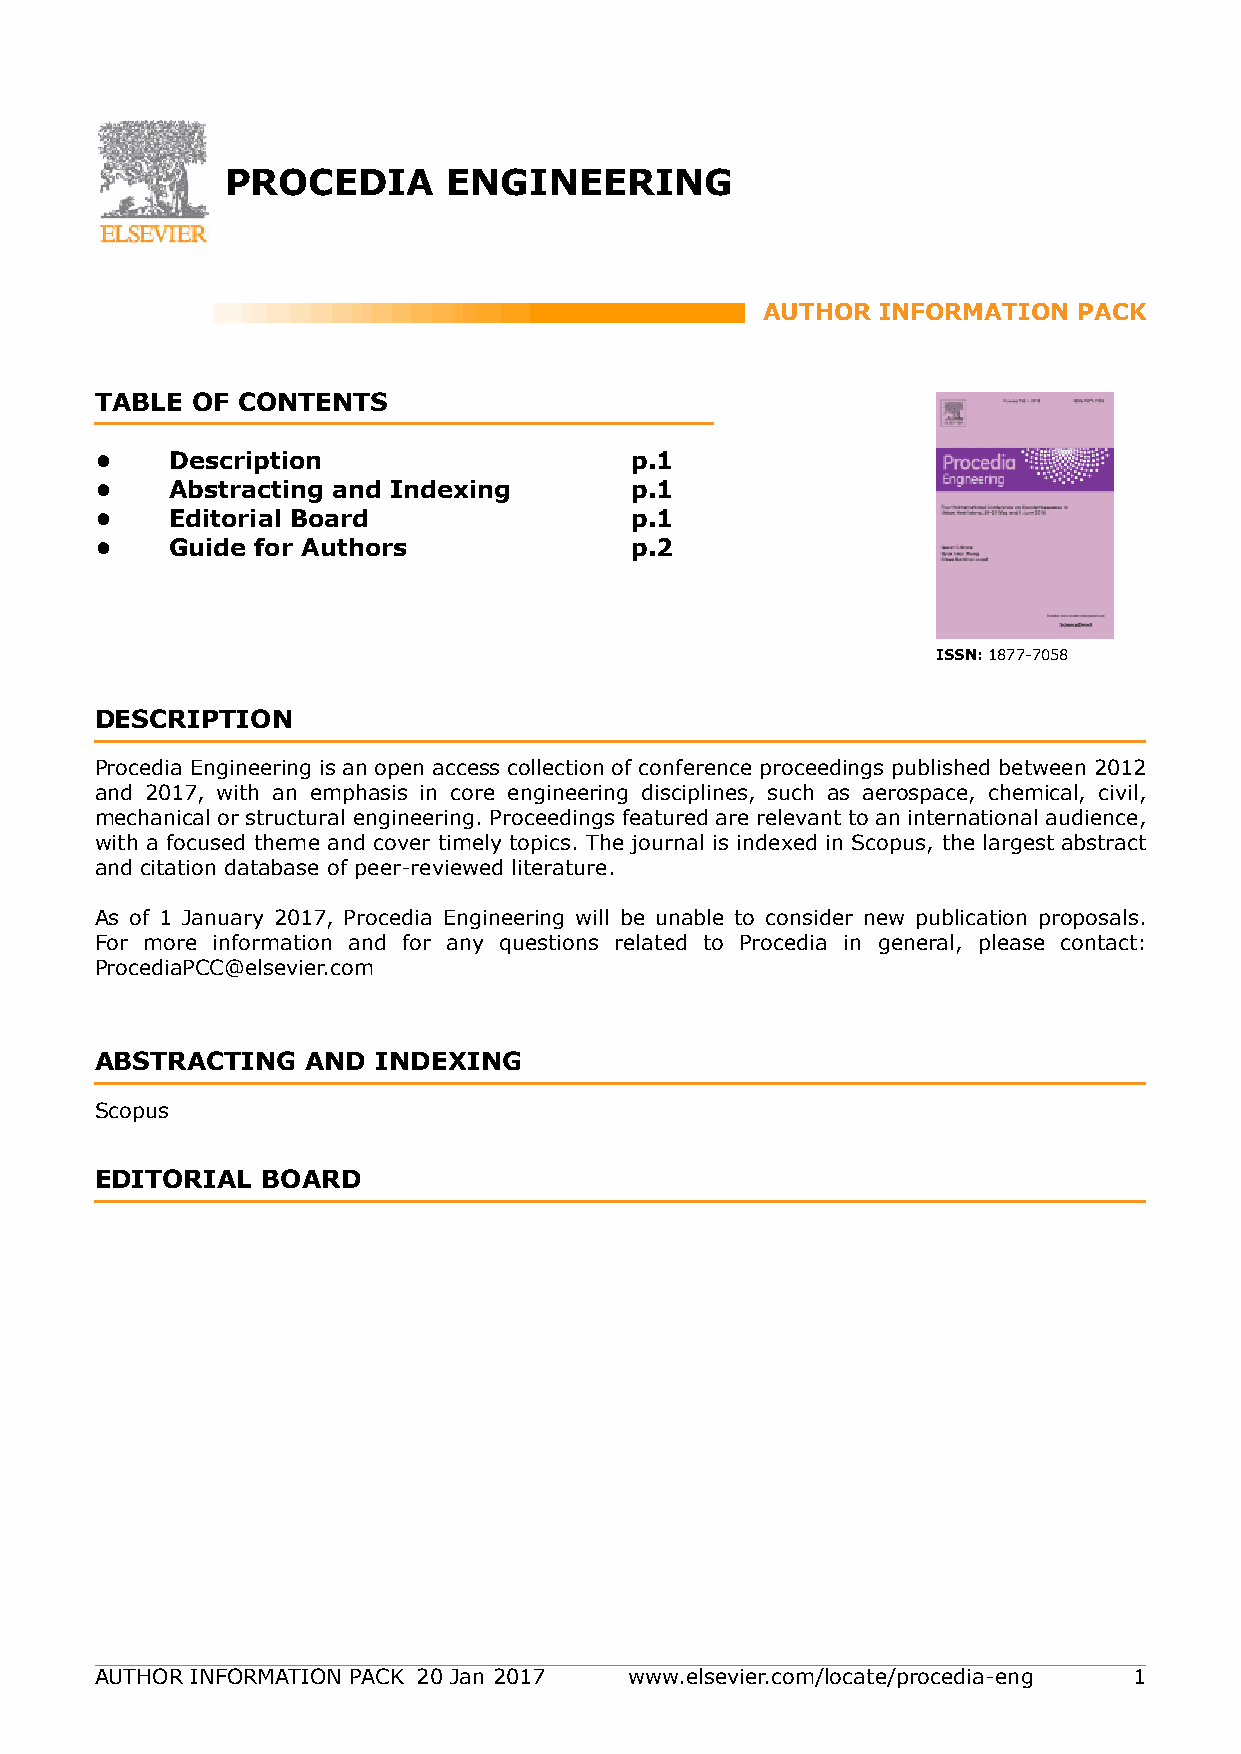
PROCEDIA       ENGINEERING
 AUTHOR  INFORMATION  PACK
 TABLE  OF CONTENTS                  XXX
 .                                   .
 •    Description                    p.1
 •    Abstracting and Indexing       p.1
 •    Editorial Board                p.1
 •    Guide for Authors              p.2
 ISSN: 1877-7058
 DESCRIPTION
 .
 Procedia Engineering is an open access collection of conference proceedings published between 2012
 and 2017, with an emphasis in core engineering disciplines, such as aerospace, chemical, civil,
 mechanical or structural engineering. Proceedings featured are relevant to an international audience,
 with a focused theme and cover timely topics. The journal is indexed in Scopus, the largest abstract
 and citation database of peer-reviewed literature.
 As of 1 January 2017, Procedia Engineering will be unable to consider new publication proposals.
 For more information and for any questions related to Procedia in general, please contact:
 ProcediaPCC@elsevier.com
 ABSTRACTING   AND  INDEXING
 .
 Scopus
 EDITORIAL  BOARD
 .
 AUTHOR INFORMATION PACK 20 Jan 2017 www.elsevier.com/locate/procedia-eng 1